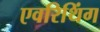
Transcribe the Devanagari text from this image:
एवरिथिंग